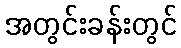
အတွင်းခန်းတွင်